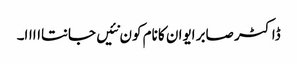
ڈاکٹر صابر ایوان کا نام کون نئیں جانتااااا۔